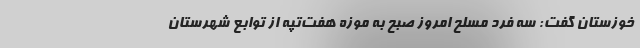
خوزستان گفت: سه فرد مسلح امروز صبح به موزه هفت‌تپه از توابع شهرستان